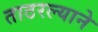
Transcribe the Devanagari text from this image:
ताठरल्याने